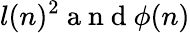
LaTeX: l(n)^{2}\mathrm{~a~n~d~}\phi(n)